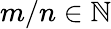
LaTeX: m/n\in\mathbb{N}